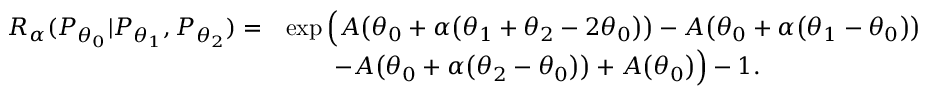
\begin{array} { r l } { { R _ { \alpha } } ( P _ { \theta _ { 0 } } | P _ { \theta _ { 1 } } , P _ { \theta _ { 2 } } ) = } & { \exp \Big ( A \big ( \theta _ { 0 } + \alpha \big ( \theta _ { 1 } + \theta _ { 2 } - 2 \theta _ { 0 } \big ) \big ) - A \big ( \theta _ { 0 } + \alpha \big ( \theta _ { 1 } - \theta _ { 0 } \big ) \big ) } \\ & { \quad \quad - A \big ( \theta _ { 0 } + \alpha \big ( \theta _ { 2 } - \theta _ { 0 } \big ) \big ) + A \big ( \theta _ { 0 } \big ) \Big ) - 1 . } \end{array}